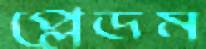
প্লেডম